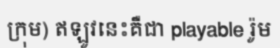
ក្រុម) ឥឡូវនេះគឺជា playable រ៉ូម